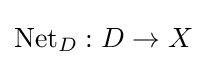
\operatorname {Net} _{D}:D\to X